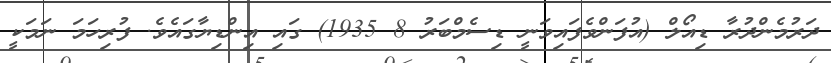
ދަރުމެންދުރާ ޑިއޯލް (އުފަންވެފައިވަނީ ޑިސެމްބަރު 8 1935) ގައި އިންޑިޔާގައެވެ. ފުރިހަމަ ނަމަކީ